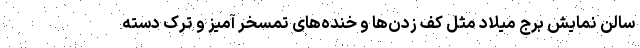
سالن نمایش برج میلاد مثل کف زدن‌ها و خنده‌های تمسخر آمیز و ترک دسته